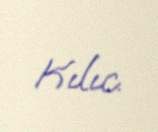
Kılıc.